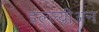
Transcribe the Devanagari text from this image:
इल्ल्य्रीअन